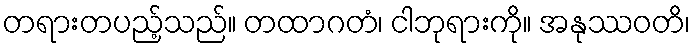
တရားတပည့်သည်။ တထာဂတံ၊ ငါဘုရားကို။ အနုဿဝတိ၊